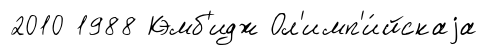
2010 1988 Кэмб'идж Ол'имп'и́йскаjа